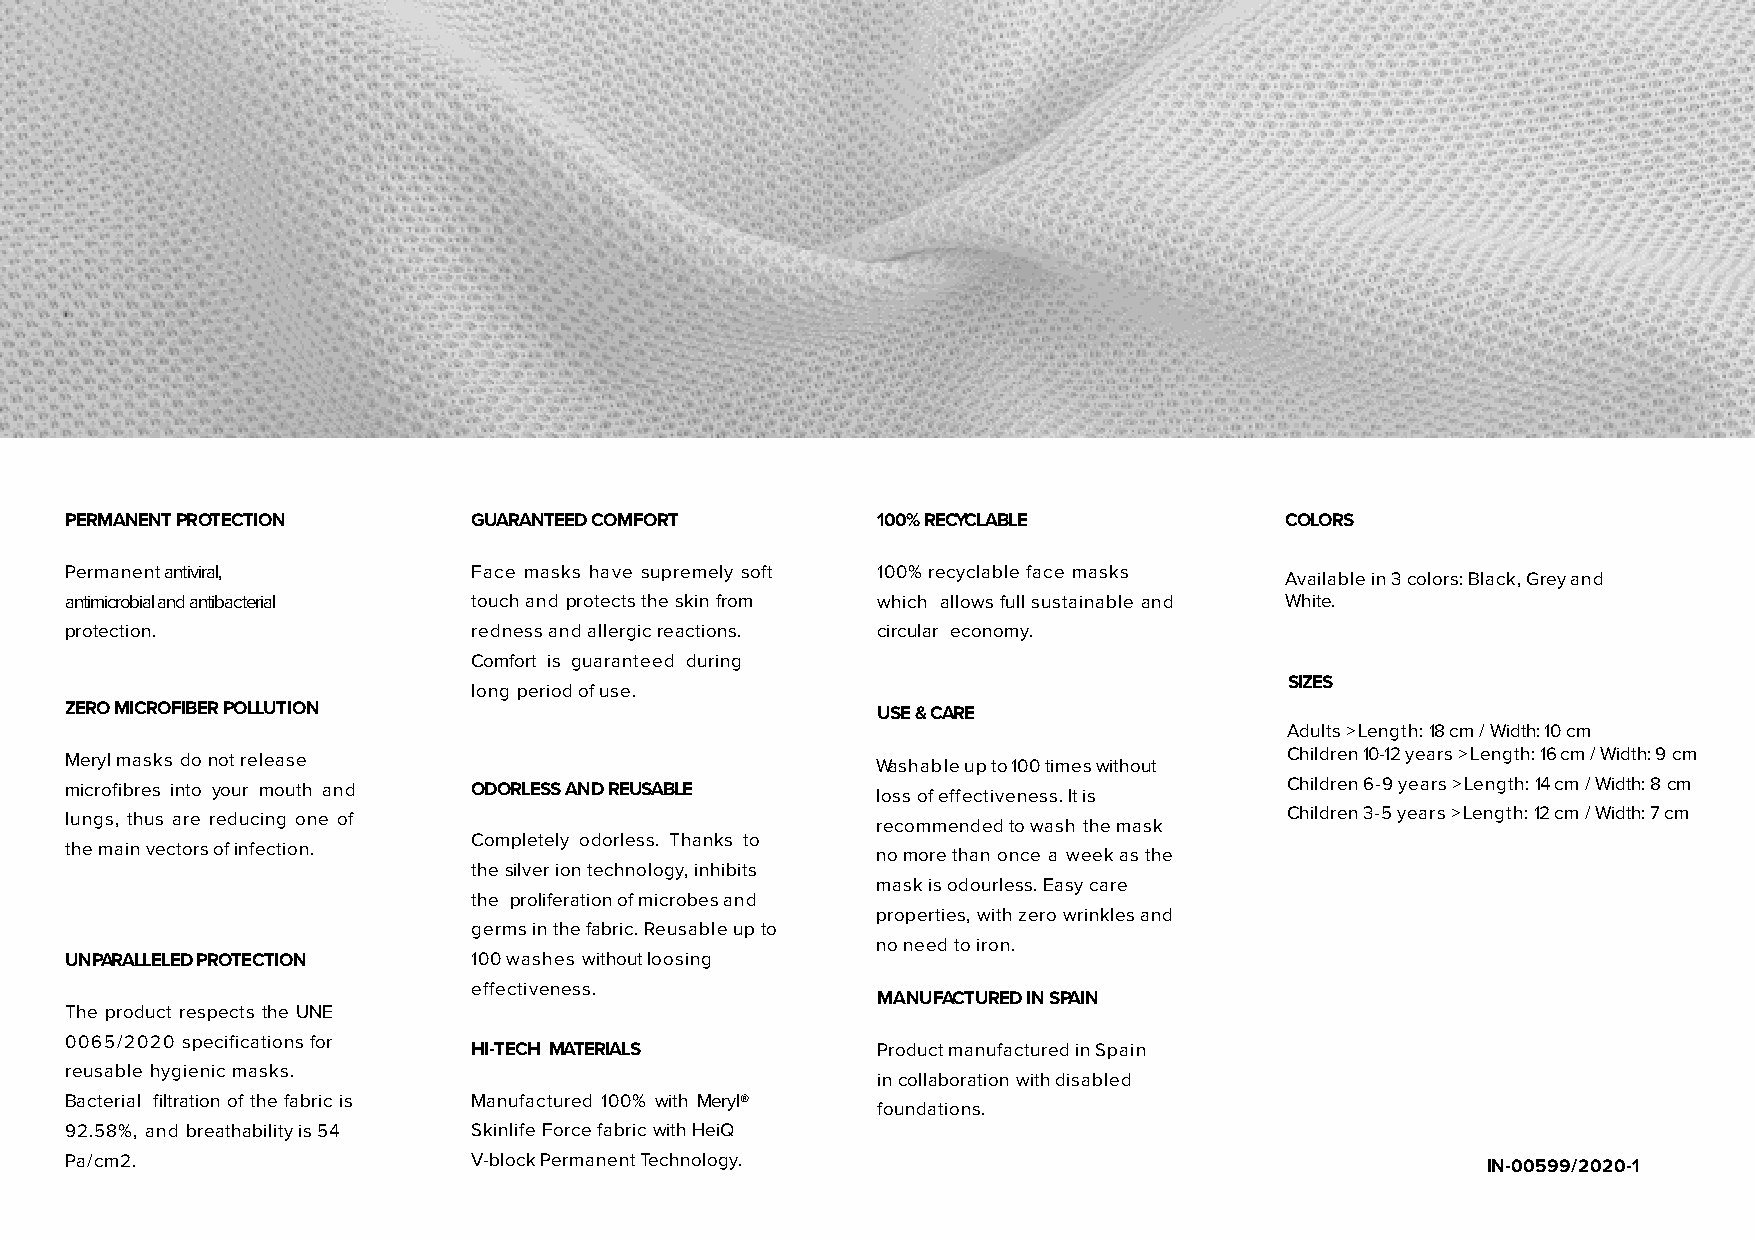
PERMANENT PROTECTION       GUARANTEED COMFORT         100% RECYCLABLE            COLORS
 Permanent antiviral,       Face masks have supremely soft 100% recyclable face masks
 Available in 3 colors: Black, Grey and
 antimicrobial and antibacterial touch and protects the skin from which allows full sustainable and White.
 protection.                redness and allergic reactions. circular economy.
 Comfort is guaranteed during
 SIZES
 long period of use.
 ZERO MICROFIBER POLLUTION                             USE & CARE
 Adults > Length: 18 cm / Width: 10 cm
 Meryl masks do not release                            Washable up to 100 times without Children 10-12 years > Length: 16 cm / Width: 9 cm
 microfibres into your mouth and ODORLESS AND REUSABLE loss of effectiveness. It is Children 6-9 years > Length: 14 cm / Width: 8 cm
 lungs, thus are reducing one of                       recommended to wash the mask Children 3-5 years > Length: 12 cm / Width: 7 cm
 Completely odorless. Thanks to
 the main vectors of infection.                        no more than once a week as the
 the silver ion technology, inhibits
 mask is odourless. Easy care
 the proliferation of microbes and
 properties, with zero wrinkles and
 germs in the fabric. Reusable up to
 no need to iron.
 UNPARALLELED PROTECTION    100 washes without loosing
 effectiveness.
 MANUFACTURED IN SPAIN
 The product respects the UNE
 0065/2020 specifications for
 HI-TECH MATERIALS          Product manufactured in Spain
 reusable hygienic masks.
 in collaboration with disabled
 Bacterial filtration of the fabric is Manufactured 100% with Meryl®
 foundations.
 92.58%, and breathability is 54 Skinlife Force fabric with HeiQ
 Pa/cm2.                    V-block Permanent Technology.                                      IN-00599/2020-1